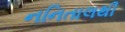
નનિતાલથી